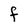
Character: F